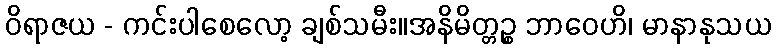
ဝိရာဇယ - ကင်းပါစေလော့ ချစ်သမီး။အနိမိတ္တဉ္စ ဘာဝေဟိ၊ မာနာနုသယ